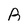
Character: B